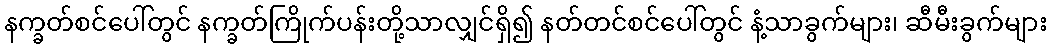
နက္ခတ်စင်ပေါ်တွင် နက္ခတ်ကြိုက်ပန်းတို့သာလျှင်ရှိ၍ နတ်တင်စင်ပေါ်တွင် နံ့သာခွက်များ၊ ဆီမီးခွက်များ